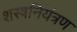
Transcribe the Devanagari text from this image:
शस्त्रनियंत्रण